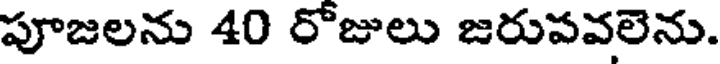
పూజలను 40 రోజులు జరుపవలెను.